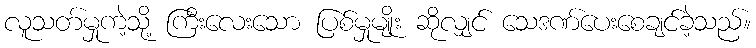
လူသတ်မှုကဲ့သို့ ကြီးလေးသော ပြစ်မှုမျိုး ဆိုလျှင် သေဒဏ်ပေးစေချင်ခဲ့သည်။